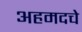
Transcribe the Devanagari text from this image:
अहमदचे